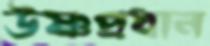
উষ্ণপ্রধান